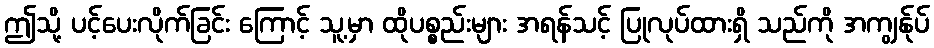
ဤသို့ ပင့်ပေးလိုက်ခြင်း ကြောင့် သူ့မှာ ထိုပစ္စည်းများ အရန်သင့် ပြုလုပ်ထားရှိ သည်ကို အကျွန်ုပ်